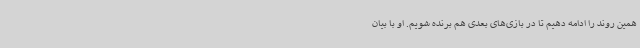
همین روند را ادامه دهیم تا در بازی‌های بعدی هم برنده شویم. او با بیان